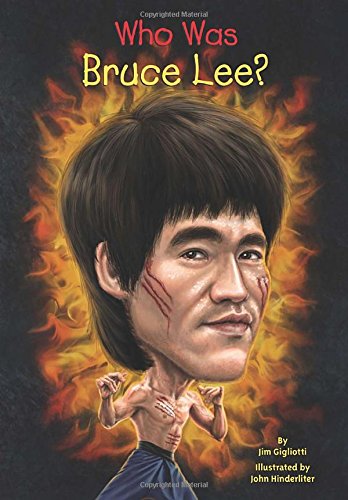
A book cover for Who Was Bruce Lee?; Jim Gigliotti; Children's Books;